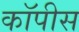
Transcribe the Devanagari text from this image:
कॉपीस